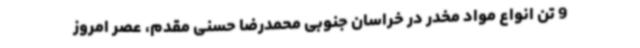
9 تن انواع مواد مخدر در خراسان جنوبی محمدرضا حسنی مقدم، عصر امروز